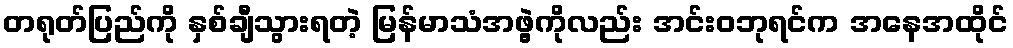
တရုတ်ပြည်ကို နှစ်ချီသွားရတဲ့ မြန်မာသံအဖွဲ့ကိုလည်း အင်းဝဘုရင်က အနေအထိုင်